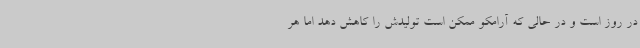
در روز است و در حالی که آرامکو ممکن است تولیدش را کاهش دهد اما هر